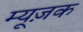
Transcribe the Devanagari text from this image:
म्यूज़क